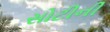
સોટીની